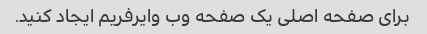
برای صفحه اصلی یک صفحه وب وایرفریم ایجاد کنید.